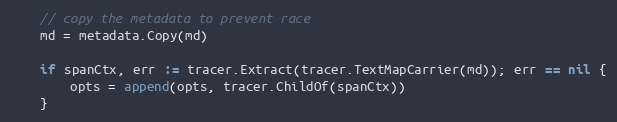
Language: Go
	// copy the metadata to prevent race
	md = metadata.Copy(md)

	if spanCtx, err := tracer.Extract(tracer.TextMapCarrier(md)); err == nil {
		opts = append(opts, tracer.ChildOf(spanCtx))
	}